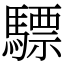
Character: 驃